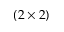
( 2 \times 2 )